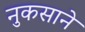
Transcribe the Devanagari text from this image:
नुकसाने